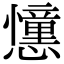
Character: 𢤤